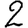
Digit: 2